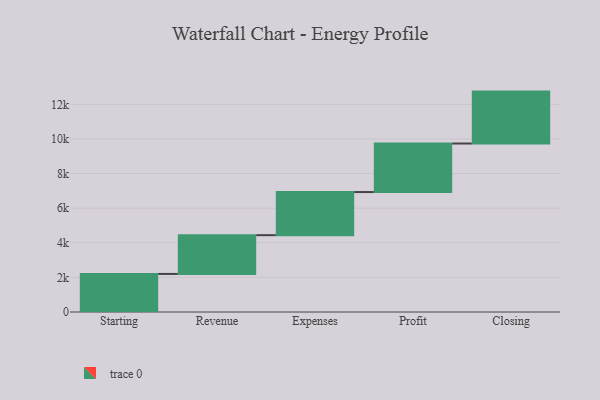
{"axis": {"x": "Step", "y": "Value"}, "legend": [""], "data": [{"x": "Starting", "y": 2199.0, "type": ""}, {"x": "Revenue", "y": 2240.0, "type": ""}, {"x": "Expenses", "y": 2492.0, "type": ""}, {"x": "Profit", "y": 2803.0, "type": ""}, {"x": "Closing", "y": 3000, "type": ""}]}